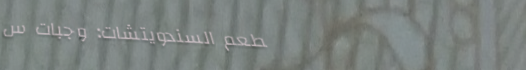
مطعم السندويتشات: وجبات س